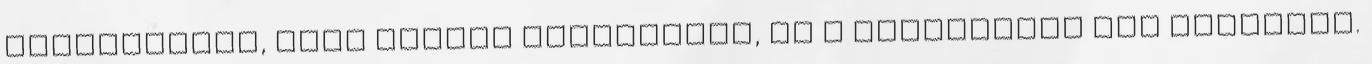
mosolyogtam, mint valami fogyatékos, de a legkevésbé sem érdekelt.